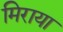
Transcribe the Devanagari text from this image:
मिराया